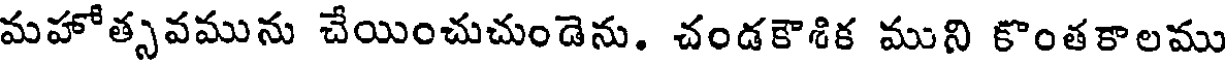
మహోత్సవమును చేయించుచుండెను. చండకౌశిక ముని కొంతకాలము